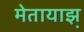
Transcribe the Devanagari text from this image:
मेतायाझ़